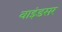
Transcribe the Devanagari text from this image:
वाइंडसर